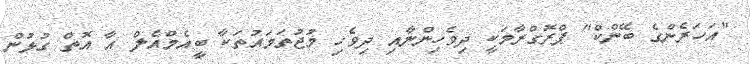
"އަހަރެންގެ ބޭންކް" ޕްރޮގްރާމަކީ ދިވެހިންނާއި ދިވެހި މުޖުތަމައުތަކާ ބީއެމްއެލް އާ އޮތް ގުޅުން